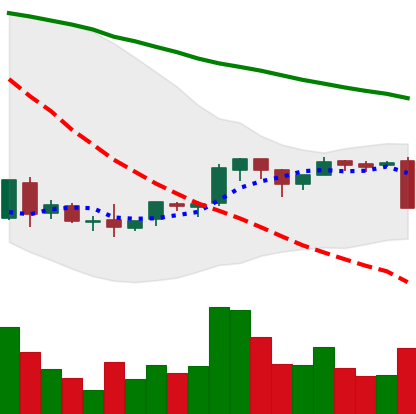
Ticker: BNB-USD
Chart end date: 2018-09-05
Forward return: -5.569%
Label: down_5_7